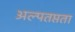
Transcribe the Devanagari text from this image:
अल्पतप्तता